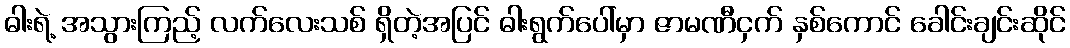
ဓါးရဲ့ အသွားကြည့် လက်လေးသစ် ရှိတဲ့အပြင် ဓါးရွက်ပေါ်မှာ ဇာမဏီငှက် နှစ်ကောင် ခေါင်းချင်းဆိုင်